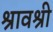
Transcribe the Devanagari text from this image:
श्रावश्री